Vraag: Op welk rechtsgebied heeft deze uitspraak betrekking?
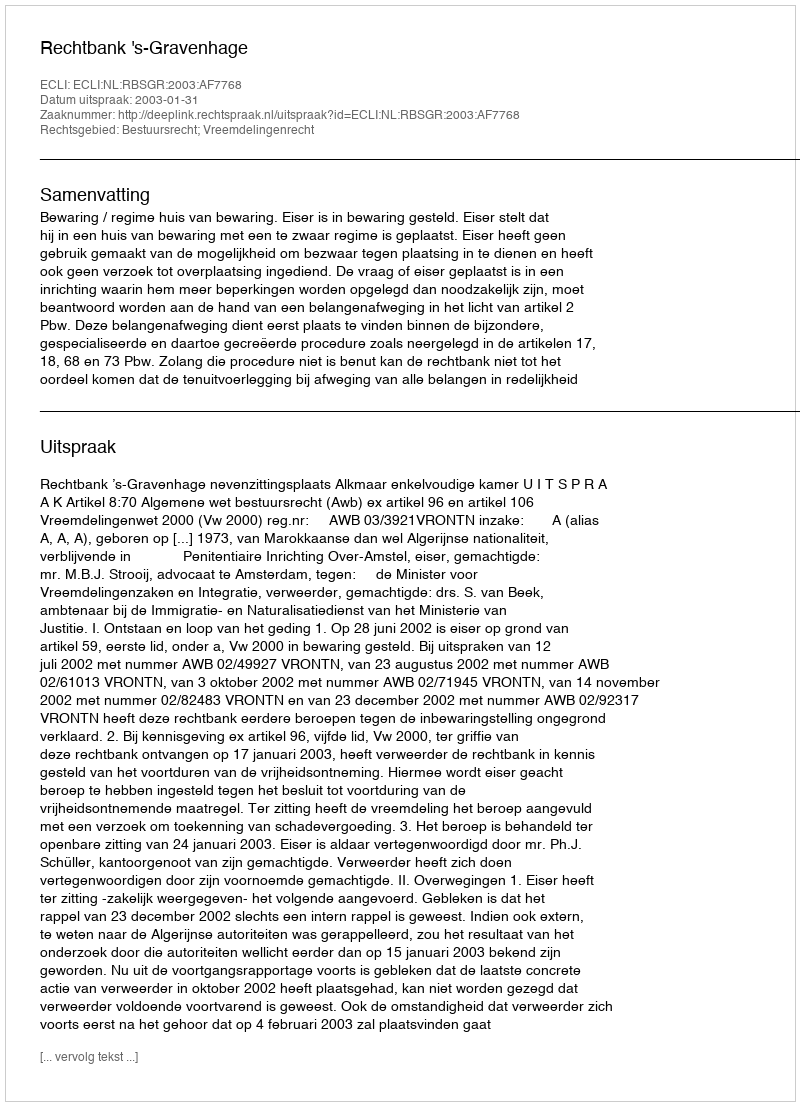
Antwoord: Bestuursrecht; Vreemdelingenrecht